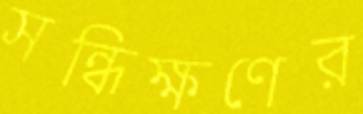
সন্ধিক্ষণের